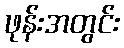
ဖုန်းအတွင်း